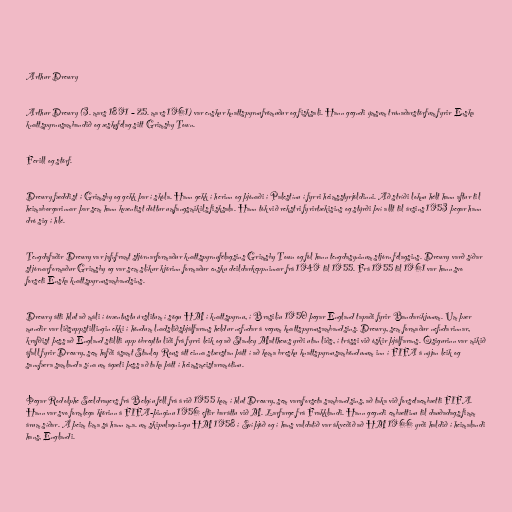
Arthur Drewry

Arthur Drewry (3. mars 1891 – 25. mars 1961) var enskur knattspyrnufrömuður og fisksali. Hann gegndi ýmsum trúnaðarstörfum fyrir Enska
knattspyrnusambandið og æskufélag sitt Grimsby Town.

Ferill og störf.

Drewry fæddist í Grimsby og gekk þar í skóla. Hann gekk í herinn og þjónaði í Palestínu í fyrri heimsstyrjöldinni. Að stríði loknu hélt hann aftur til
heimaborgarinnar þar sem hann kvæntist dóttur umfangsmikils fisksala. Hann tók við rekstri fyrirtækisins og stýrði því allt til ársins 1953 þegar hann
dró sig í hlé.

Tengdafaðir Drewry var jafnframt stjórnarformaður knattspyrnufélagsins Grimsby Town og fól hann tengdasyninum stjórn félagsins. Drewry varð síðar
stjórnarformaður Grimsby og var sem slíkur kjörinn formaður ensku deildarkeppninnar frá 1949 til 1955. Frá 1955 til 1961 var hann svo
forseti Enska knattspyrnusambandsins.

Drewry átti hlut að máli í óvæntustu úrslitum í sögu HM í knattspyrnu, í Brasilíu 1950 þegar England tapaði fyrir Bandaríkjunum. Um þær
mundir var liðsuppstillingin ekki í höndum lnadsliðsþjálfarans heldur nefndar á vegum knattspyrnusambandsins. Drewry, sem formaður nefndarinnar,
krafðist þess að England stillti upp óbreyttu liði frá fyrri leik og að Stanley Matthews yrði utan liðs, í trássi við óskir þjálfarans. Ósigurinn var mikið
áfall fyrir Drewry, sem hafði ásamt Stanley Rous átt einna stærstan þátt í að koma bresku knattspyrnusamböndunum inn í FIFA á nýjan leik og
sannfæra samlanda sína um ágæti þess að taka þátt í heimsmeistaramótinu.

Þegar Rodolphe Seeldrayers frá Belgíu féll frá árið 1955 kom í hlut Drewry, sem varaforseta sambandsins, að taka við forsetaembætti FIFA.
Hann var svo formlega kjörinn á FIFA-þinginu 1956 eftir baráttu við M. Larfarge frá Frakklandi. Hann gegndi embættinu til dauðadags fimm
árum síðar. Á þeim tíma sá hann m.a. um skipulagningu HM 1958 í Svíþjóð og í hans valdatíð var ákveðið að HM 1966 yrði haldið í heimalandi
hans, Englandi.